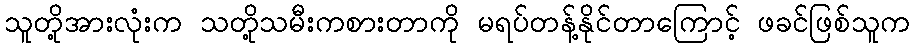
သူတို့အားလုံးက သတို့သမီးကစားတာကို မရပ်တန့်နိုင်တာကြောင့် ဖခင်ဖြစ်သူက